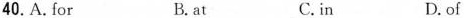
40.A.for B.at C.in D. of